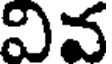
వివ